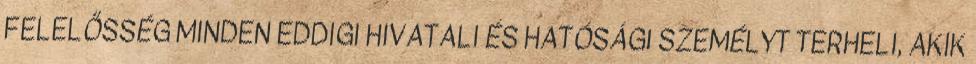
FELELŐSSÉG MINDEN EDDIGI HIVATALI ÉS HATÓSÁGI SZEMÉLYT TERHELI, AKIK